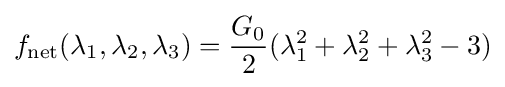
f_{\text{net}}(\lambda _{1},\lambda _{2},\lambda _{3})={\frac {G_{0}}{2}}(\lambda _{1}^{2}+\lambda _{2}^{2}+\lambda _{3}^{2}-3)